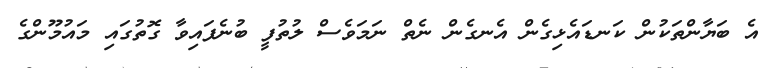
އެ ބަޔާންތަކުން ކަނޑައެޅިގެން އެނގެން ނެތް ނަމަވެސް ލުތުފީ ބުނެފައިވާ ގޮތުގައި މައުމޫންގެ